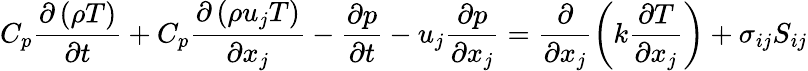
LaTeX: C_{p}\frac{\partial\left(\rho T\right)}{\partial t}+C_{p}\frac{\partial\left(\rho u_{j}T\right)}{\partial x_{j}}-\frac{\partial p}{\partial t}-u_{j}\frac{\partial p}{\partial x_{j}}=\frac{\partial}{\partial x_{j}}\left(k\frac{\partial T}{\partial x_{j}}\right)+\sigma_{ij}S_{ij}